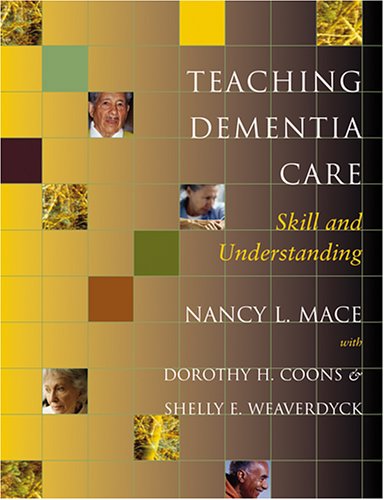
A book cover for Teaching Dementia Care: Skill and Understanding; Nancy L. Mace; Medical Books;